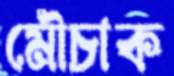
মৌচাক